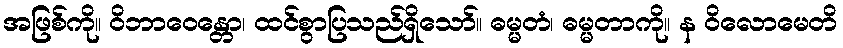
အဖြစ်ကို။ ဝိဘာဝေန္တော၊ ထင်စွာပြသည်ရှိသော်။ ဓမ္မတံ၊ ဓမ္မတာကို။ န ဝိလောမေတိ